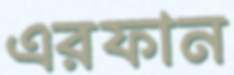
এরফান